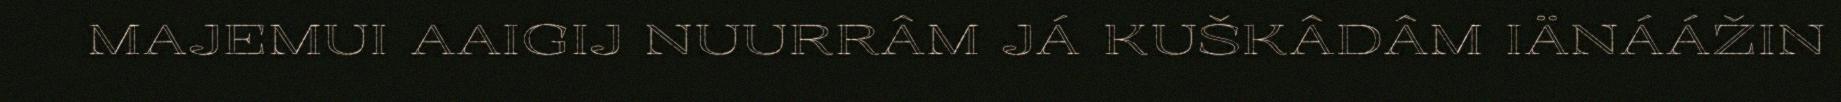
MAJEMUI AAIGIJ NUURRÂM JÁ KUŠKÂDÂM IÄNÁÁŽIN